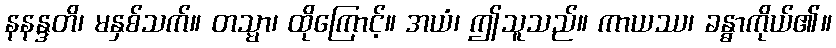
နနန္ဒတိ၊ မနှစ်သက်။ တသ္မာ၊ ထိုကြောင့်။ အယံ၊ ဤသူသည်။ ကာယဿ၊ ခန္ဓာကိုယ်၏။